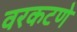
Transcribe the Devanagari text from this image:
वरकटणे